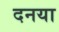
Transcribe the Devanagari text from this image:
दनया